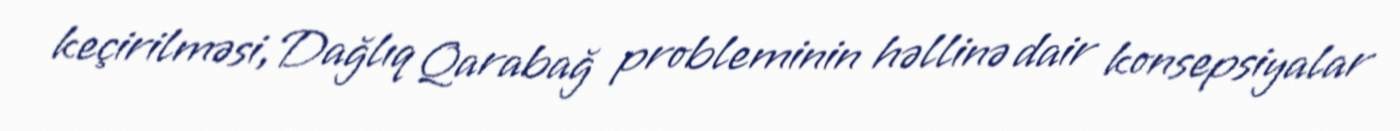
keçirilməsi, Dağlıq Qarabağ probleminin həllinə dair konsepsiyalar